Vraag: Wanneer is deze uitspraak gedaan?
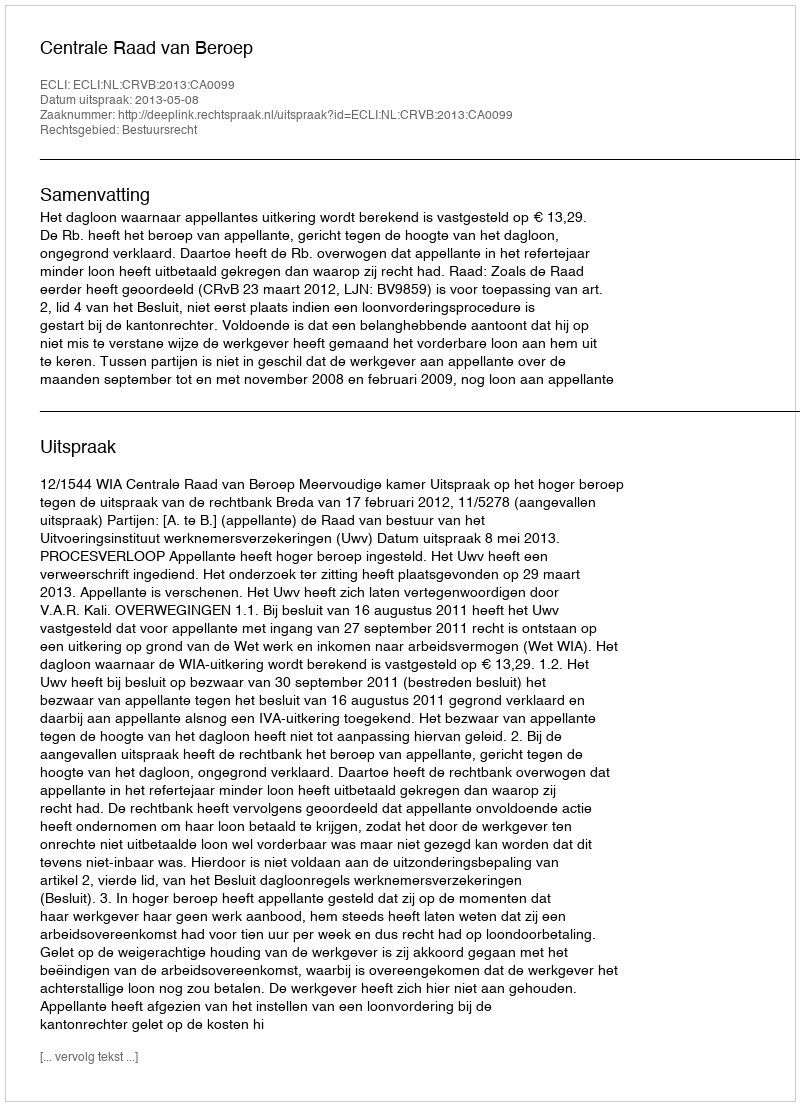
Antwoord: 2013-05-08